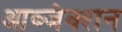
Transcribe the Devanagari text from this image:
आब्जेक्शन